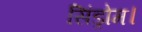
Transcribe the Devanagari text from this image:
सिंड्रोम।